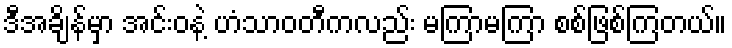
ဒီအချိန်မှာ အင်းဝနဲ့ ဟံသာဝတီကလည်း မကြာမကြာ စစ်ဖြစ်ကြတယ်။